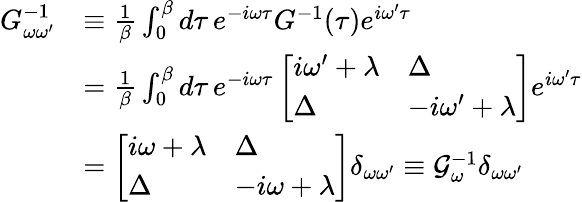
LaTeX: \begin{array}{rl}{G_{\omega\omega^{\prime}}^{-1}}&{\equiv\frac{1}{\beta}\int_{0}^{\beta}d\tau\, e^{-i\omega\tau}G^{-1}(\tau)e^{i\omega^{\prime}\tau}}\\ &{=\frac{1}{\beta}\int_{0}^{\beta}d\tau\, e^{-i\omega\tau}\left[\begin{array}{ll}{i\omega^{\prime}+\lambda}&{\Delta}\\ {\Delta}&{-i\omega^{\prime}+\lambda}\end{array}\right]e^{i\omega^{\prime}\tau}}\\ &{=\left[\begin{array}{ll}{i\omega+\lambda}&{\Delta}\\ {\Delta}&{-i\omega+\lambda}\end{array}\right]\delta_{\omega\omega^{\prime}}\equiv\mathcal{G}_{\omega}^{-1}\delta_{\omega\omega^{\prime}}}\end{array}